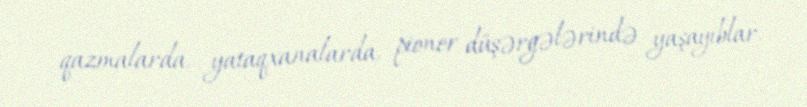
qazmalarda, yataqxanalarda, pioner düşərgələrində yaşayıblar.